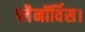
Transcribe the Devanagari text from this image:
प्लैनॉर्विस।